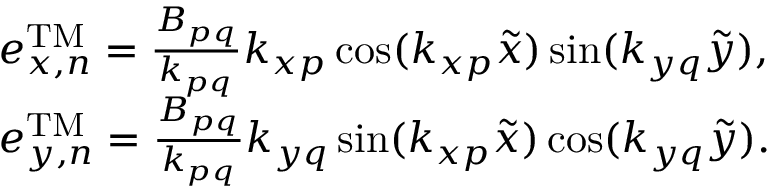
\begin{array} { r l } & { e _ { x , n } ^ { \mathrm { T M } } = \frac { B _ { p q } } { k _ { p q } } k _ { x p } \cos ( k _ { x p } \tilde { x } ) \sin ( k _ { y q } \tilde { y } ) , } \\ & { e _ { y , n } ^ { \mathrm { T M } } = \frac { B _ { p q } } { k _ { p q } } k _ { y q } \sin ( k _ { x p } \tilde { x } ) \cos ( k _ { y q } \tilde { y } ) . } \end{array}